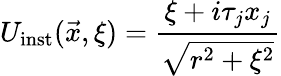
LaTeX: U_{\mathrm{inst}}(\vec{x},\xi)=\frac{\xi+i\tau_{j}x_{j}}{\sqrt{r^{2}+\xi^{2}}}